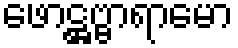
ဖောဋ္ဌဗ္ဗာရာမော